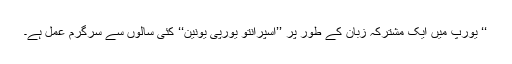
‘‘ یورپ میں ایک مشترکہ زبان کے طور پر ’’اسپرانتو یورپی یونین‘‘ کئی سالوں سے سرگرِم عمل ہے۔